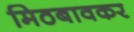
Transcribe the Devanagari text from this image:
मिठबावकर